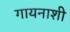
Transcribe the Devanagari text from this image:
गायनाशी